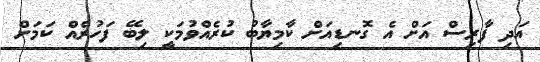
އަދި ފާރިސް އަށް އެ ގޮނޑިއަށް ކާމިޔާބު ކުރެއްވުމަކީ ލިބޭ ފަހުރެއް ކަމަށް